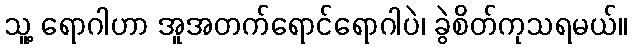
သူ့ ရောဂါဟာ အူအတက်ရောင်ရောဂါပဲ၊ ခွဲစိတ်ကုသရမယ်။